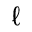
\ell